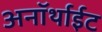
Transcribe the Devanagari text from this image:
अनॉर्थाईट